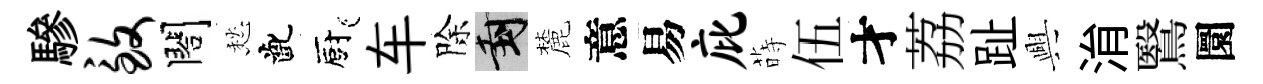
驂致閤愁齔廚车除封麓意易庇蒔伍才荔趾興㳙鷖圜